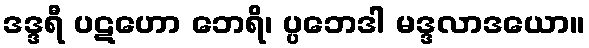
ဒဒ္ဒရီ ပဋဟော ဘေရိ၊ ပ္ပဘေဒါ မဒ္ဒလာဒယော။